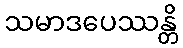
သမာဒပေဿန္တိ